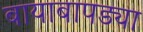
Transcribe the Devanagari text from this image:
बायाबापड्या